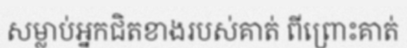
សម្លាប់អ្នកជិតខាងរបស់គាត់ ពីព្រោះគាត់